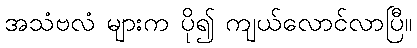
အသံဗလံ များက ပို၍ ကျယ်လောင်လာပြီ။